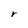
Character: r